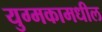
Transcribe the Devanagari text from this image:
युग्मकामधील